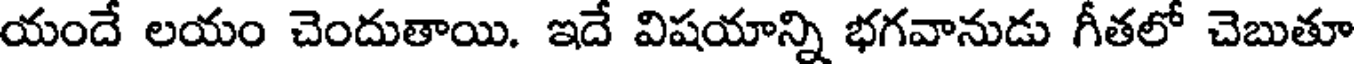
యందే లయం చెందుతాయి. ఇదే విషయాన్ని భగవానుడు గీతలో చెబుతూ